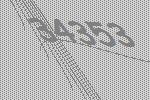
34353